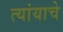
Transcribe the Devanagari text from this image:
त्यांयाचे